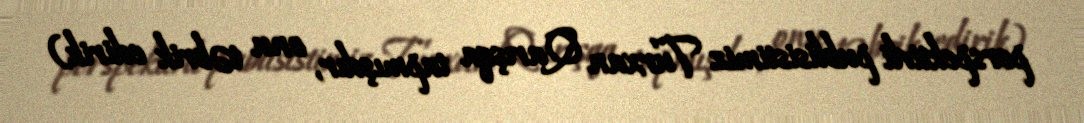
perspektivli publisistimiz Turxan Qarışqa tapmışdır, onu təbrik edirik)